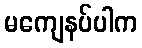
မကျေနပ်ပါက